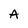
Character: A